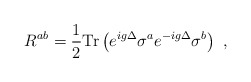
\begin{align*}R^{ab}= \frac{1}{2} \mbox{Tr} \left( e^{ig\Delta} \sigma^ae^{-ig\Delta} \sigma^b \right) \ ,\end{align*}